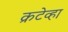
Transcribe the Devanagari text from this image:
क्रटेव्हा